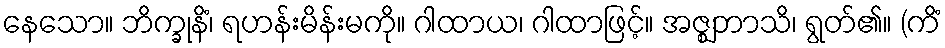
နေသော။ ဘိက္ခုနိံ၊ ရဟန်းမိန်းမကို။ ဂါထာယ၊ ဂါထာဖြင့်။ အဇ္ဈဘာသိ၊ ရွတ်၏။ (ကိံ